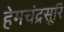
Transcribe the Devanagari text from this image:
हेमचंद्रसूरि